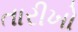
તારીખો